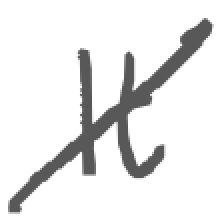
Text: It
Cross-out: diagonal
Writing tool: digital_gray